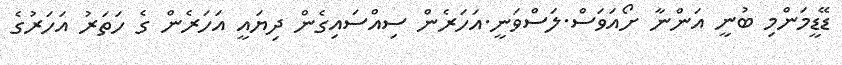
ޑޭޑީމަންމި ބުނީ އަންނާ ށޯއަވަސް.ލަސްވަނީ.އަހަރެން ސިއްސައިގެން ދިޔައީ އަހަރެން ގެ ހަތަރު އަހަރުގެ